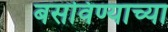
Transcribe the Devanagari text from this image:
बसविण्याच्या